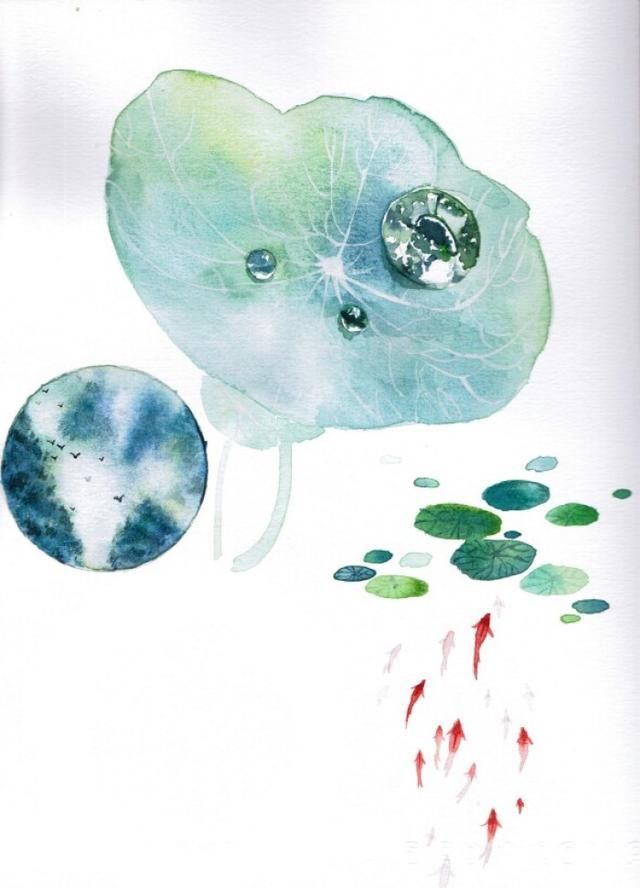
曲港跳鱼，圆荷泻露，寂寞无人见。